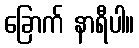
ခြောက် နာရီပါ။